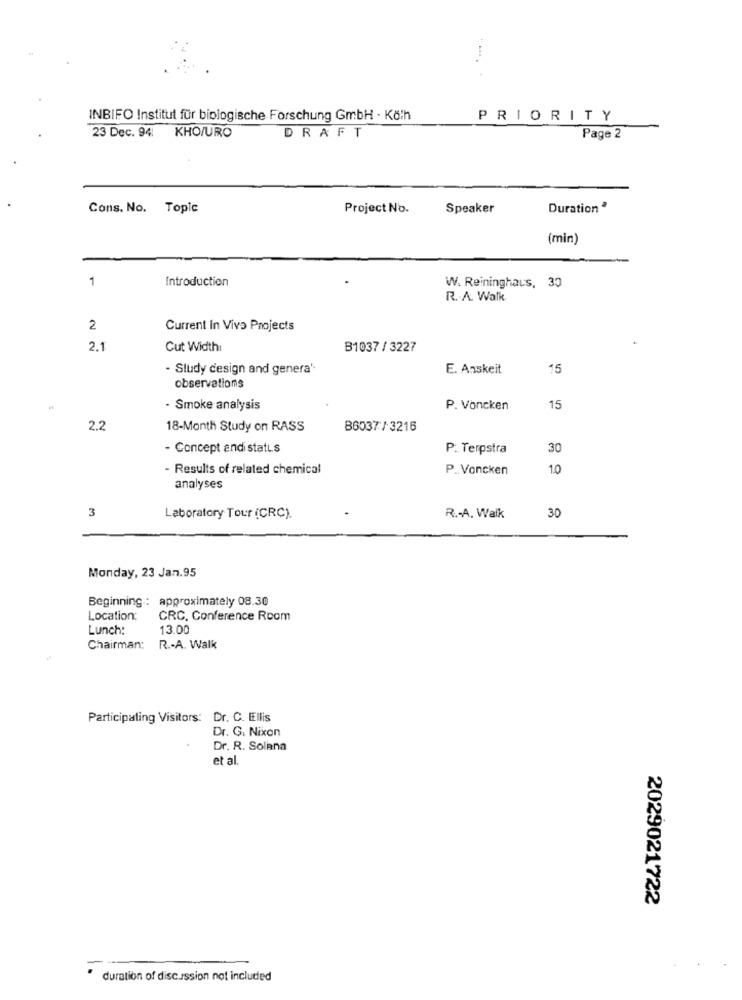
INBIFO Institut für biologische Forschung GmbH - Kölh
PRIORITY
DRAFT
23 Dec. 94 KHO/URO
Page 2
Cons. No. Topic
Project No.
Speaker
Duration
(min)
1
Introduction
W. Reininghaus, 33
R. A. Walk
2
Current in Vivo Projects
2.1
Cut Width:
B1037 / 3227
- Study design and genera'
E. Anskeit
15
observations
- Smoke analysis
P. Voncken
15
2.2
18-Month Study on RASS
B6037/-3216
- Concept andi status
P. Terpstra
30
- Results of related chemical
P. Voncken
1.0
analyses
3
Laboratory Tour (CRC).
R .- A. Walk
30
Monday, 23 Jan.95
Beginning : approximately 08.30
Location:
CRC, Conference Room
Lunch:
13.00
Chairman: R .- A. Walk
Participating Visitors: Dr. C. Ellis
Dr. G. Nixon
Dr. R. Solana
et al.
2029021722
duration of discussion not included